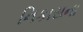
નિકાસના